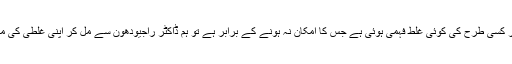
انہوں نے کہا کہ اگر کسی طرح کی کوئی غلط فہمی ہوئی ہے جس کا امکان نہ ہونے کے برابر ہے تو ہم ڈاکٹر راجیودھون سے مل کر اپنی غلطی کی معافی مانگ لیں گے۔